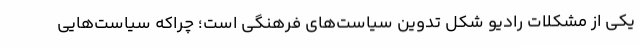
یکی از مشکلات رادیو شکل تدوین سیاست‌های فرهنگی است؛ چراکه سیاست‌هایی